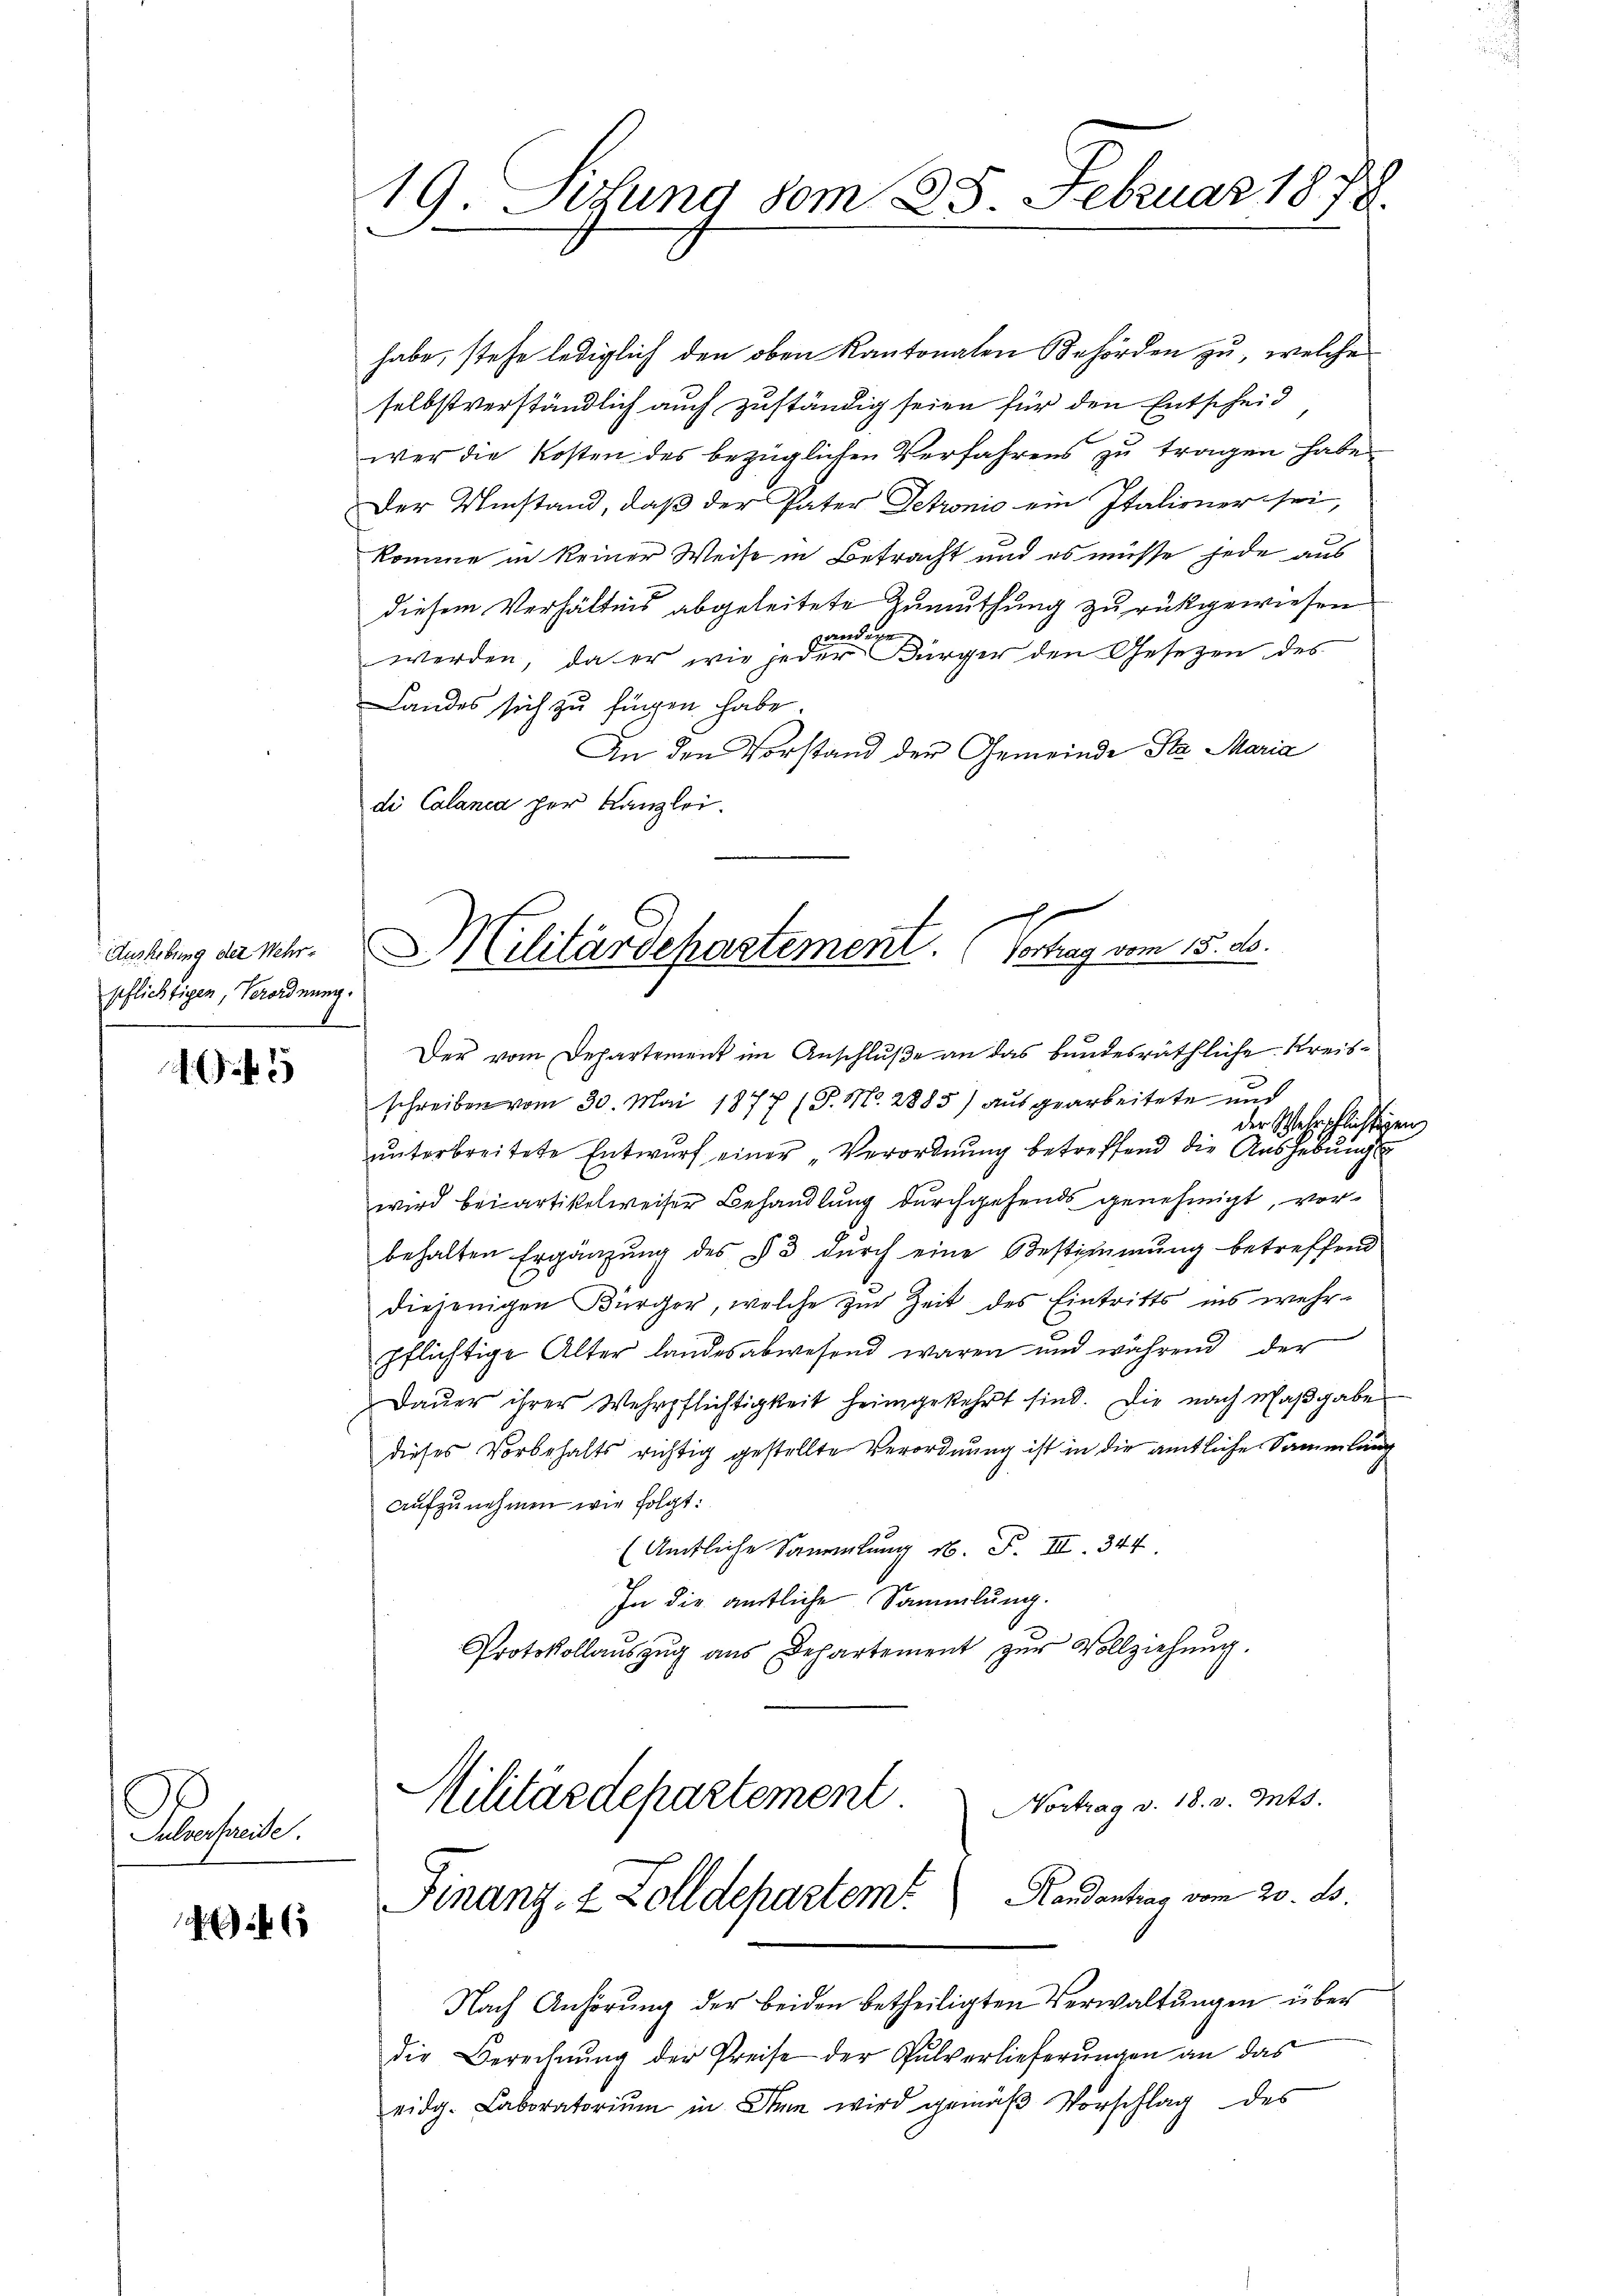
Aushebung der Wehrpflichtigen, Verordnung.

5

Beseit

6

19. und vom 25. Februar 1878.

habe, stehe lediglich den oben Kantonalen Behörden zu, welche
selbstverständlich auch zuständig seien für den Entscheid
wer die Kosten des bezüglichen Verfahrens zu tragen habe.
Der Umstand, daß der Pater Petronio ein Italiener sei,
komme in keiner Weise in Betracht und es müsse jede aus
diesem Verhältnis abgeleitete Zumuthung zurückgewiesen
wandere
werden, da er wie jeder Bürger den Gesetzen des
Landes sich zu fügen habe.
An den Vorstand der Gemeinde Sta Maria
di Calanca her Kanzlei.
g

s

Militärdepartement. Vortrag vom 15. ds.

Der vom Departement im Anschluße an das bundesräthliche Kreisschreiben vom 30. Mai 1877 (T. Mo. 2885) ausgearbeitete und
der Wehrpflichtigen
unterbreitete Entwurf einer „Verordnung betreffend die Aushebungs
wird bei artikelweiser Behandlung durchgehends genehmigt, vorbehalten Ergänzŭng des § 3 dŭrch eine Bestimmung betreffend
diejenigen Bürger, welche zur Zeit des Eintritts ins wehr-
pflichtige Alter landesabwesend waren und während der
Daŭer ihrer Wehrpflichtigkeit heimgekehrt sind. Die nach Maβgabe
dieses Vorbehalts richtig gestellte Verordnung ist in die amtliche Sammlung
Aufzunehmen wir folgt:
(Amtliche Sammlung N. F. III 344
In die amtliche Sammlung.
Protokollaŭszŭg aŭs Departement zŭr Vollziehŭng.
Militärdepartement
Nortrag v. 18. v. Mts.
Handantrag vom 20. ds.
Finanz, 2 Zolldepartem
Nach Anhörung der beiden betheiligten Verwaltungen über
die Berechnŭng der Preise der Pulverlieferŭngen an das
eidg. Laboratoriŭm in den wird gemäβ Vorschlag des